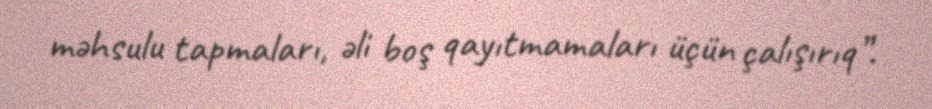
məhsulu tapmaları, əli boş qayıtmamaları üçün çalışırıq”.